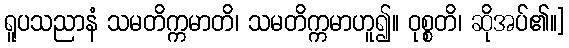
ရူပသညာနံ သမတိက္ကမာတိ၊ သမတိက္ကမာဟူ၍။ ဝုစ္စတိ၊ ဆိုအပ်၏။]